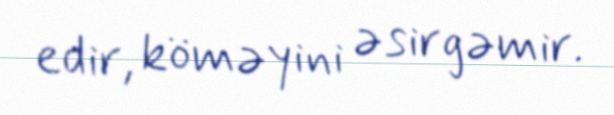
edir, köməyini əsirgəmir.